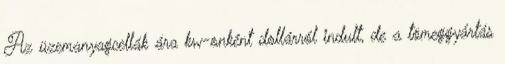
Az üzemanyagcellák ára kw-onként dollárról indult, de a tömeggyártás